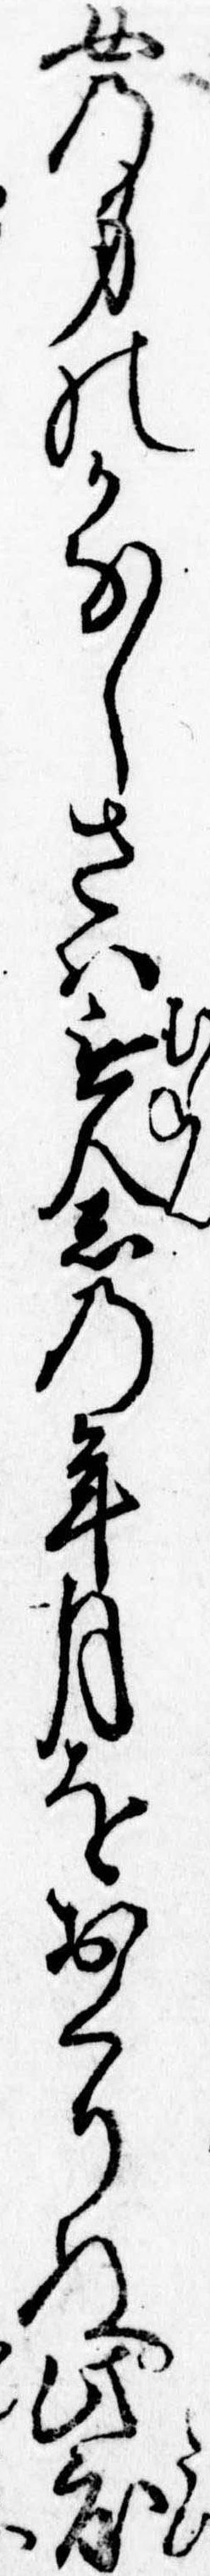
女の身のかなしさは無念の年月をおくりぬ此度